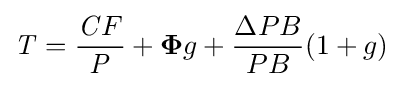
{\mathit {T}}={\frac {{\mathit {C}}F}{\mathit {P}}}+{\boldsymbol {\Phi }}g+{\frac {\Delta PB}{PB}}{\mathit {(}}1+g)